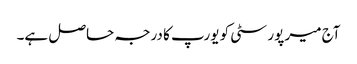
آج میر پور سٹی کو یورپ کا درجہ حاصل ہے۔